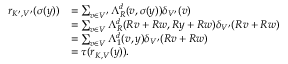
\begin{array} { r l } { r _ { K ^ { \prime } , V ^ { \prime } } ( \sigma ( y ) ) } & { = \sum _ { v \in V ^ { \prime } } \Lambda _ { R } ^ { d } ( v , \sigma ( y ) ) \delta _ { V ^ { \prime } } ( v ) } \\ & { = \sum _ { v \in V } \Lambda _ { R } ^ { d } ( R v + R w , R y + R w ) \delta _ { V ^ { \prime } } ( R v + R w ) } \\ & { = \sum _ { v \in V } \Lambda _ { 1 } ^ { d } ( v , y ) \delta _ { V ^ { \prime } } ( R v + R w ) } \\ & { = \tau ( r _ { K , V } ( y ) ) \mathrm { . } } \end{array}